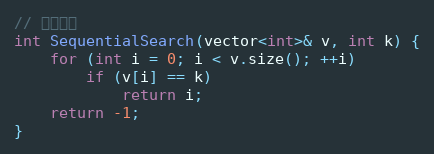
Language: C
// 顺序查找
int SequentialSearch(vector<int>& v, int k) {
	for (int i = 0; i < v.size(); ++i)
		if (v[i] == k)
			return i;
	return -1;
}